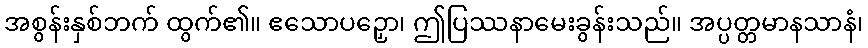
အစွန်းနှစ်ဘက် ထွက်၏။ ဧသောပဉှော၊ ဤပြဿနာမေးခွန်းသည်။ အပ္ပတ္တမာနသာနံ၊